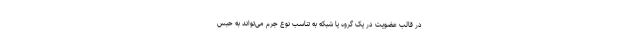
در قالب عضویت در یک گروه یا شبکه به تناسب نوع جرم می‌تواند به حبس